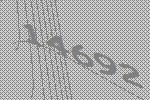
14692